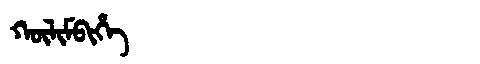
Manchu: ᡴᡡᠯᡳᠮᠪᡳᡥᡝ
Romanization: KŪLIMBIHE